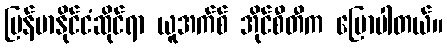
မြန်မာနိုင်ငံဆိုင်ရာ ယူအက်စ် အိုင်စီတီက ပြောပါတယ်။